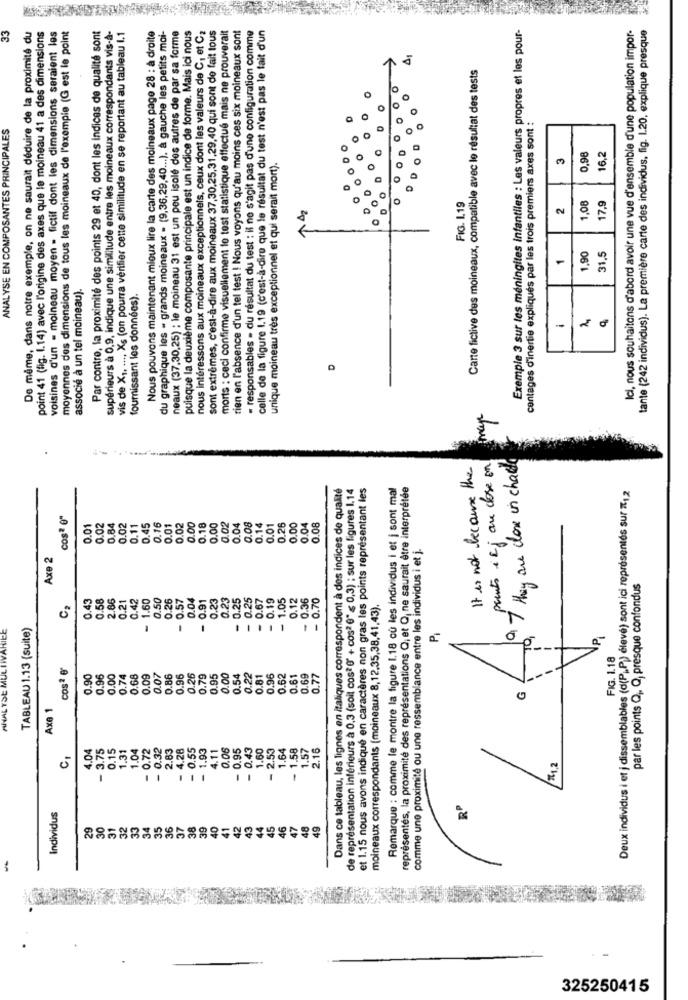
33
moyennes des dimensions de tous les moineaux de l'exemple (G est le point
Par contre, la proximité des points 29 et 40, dont les indices de qualité sont
supérieurs à 0,9, indique une similitude entre les moineaux correspondants vis-à-
du graphique les - grands moineaux - (9,36,29,40 ... ), à gauche les petits moi-
neaux (37,30,25) ; le moineau 31 est un peu isolé des autres de par sa forme
puisque la deuxième composante principale est un indice de forme. Mais ici nous
nous intéressons aux moineaux exceptionnels, ceux dont les valeurs de C, et C2
sont extrêmes, c'est-à-dire aux moineaux 37,30,25,31,29,40 qui sont de fait tous
morts : ceci confirme visuellement le test statistique effectué mais ne prouveralt
tien en l'absence d'un tel test ! Nous voyons qu'au moins ces six moineaux sont
- responsables - du résultat du test : il ne s'agit pas d'une configuration comme
celle de la figure 1.19 (c'est-à-dire que le résultat du test n'est pas le fait d'un
Exemple 3 sur les méningites infantiles : Les valeurs propres et les pour-
Ici, nous souhaitons d'abord avoir une vue d'ensemble d'une population impor-
tante (242 individus). La première carte des individus, fig. 1.20, explique presque
De même, dans notre exemple, on ne saurait déduire de la proximité du
point 41 (fig. 1.14) avec l'origine des axes que le moineau 41 a des dimensions
voisines d'un - moineau moyen - fictif dont les dimensions seraient les
vis de X1. .... Xs (on pourra vérifier cette similitude en se reportant au tableau 1.1
Nous pouvons maintenant mieux lire la carte des moineaux page 28 : à droite
01
Carte fictive des moineaux, compatible avec le résultat des tests
ANALYSE EN COMPOSANTES PRINCIPALES
centages d'inertie expliqués par les trois premiers axes sont :
0
3
0,98
16,2
unique moineau très exceptionnel et qui serait mort).
FIG. 1.19
2
1,08
17,9
8
1
1,90
31.5
associé à un tel moineau).
fournissant les données).
-
D
mage
points + Ij are close on
Q 7 they are done in chacld
It is not because the
Dans ce tableau, les lignes en italiques correspondent à des indices de qualité
de représentation inférieurs à 0,3 (soit cos* " + cos2 " ≤ 0,3) ; sur les figures 1.14
et 1.15 nous avons indiqué en caractères non gras les points représentant les
Remarque : comme le montre la figure 1.18 où les individus i et j sont mal
représentés, la proximité des représentations Q, et Q, ne saurait être interprétée
Deux individus i et j dissemblables (d(PP) élevé) sont ici représentés sur #12
cos" e"
0.01
0.02
0.84
0.02
0.11
0.45
0.16
0.01
0.02
0.00
0.18
0.00
0.02
0.04
0.08
0.14
0.01
0.26
0.00
0.04
0.08
comme une proximité ou une ressemblance entre les individus i et j.
Axe 2
par les points Q. Q, presque confondus
0.43
0.58
2.86
0.21
0.42
- 1.60
0.50
0.26
0.57
- 0.91
0.23
0.23
- 0.19
0.12
- 0.36
- 0.70
moineaux correspondants (moineaux 8,12.35,38,41,43).
ANALYSE MULIWARIEE
TABLEAU 1.13 (suite)
-
-
-
P
--
FIG. 1.18
cosa e"
0.90
0.96
0.00
0.74
0.68
0.09
0.07
0.86
0.96
0.26
0.79
0.95
0.00
0.54
0.22
0.81
0.96
0.62
0.61
0.69
0.77
-
Axe 1
0
4.04
- 3.75
0.15
1.31
1.04
- 0.72
- 0.32
2.83
- 4.28
- 0.55
- 1.93
4.11
0.06
- 0.95
- 0.43
1.60
- 2.53
1.64
- 1.58
1.57
2.16
Individus
31
32
33
34
35
36
37
38
39
40
41
42
43
44
45
46
47
48
49
-
325250415